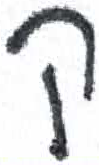
אות: ק